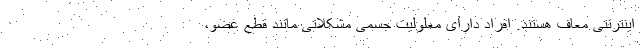
اینترنتی معاف هستند. افراد دارای معلولیت جسمی مشکلاتی مانند قطع عضو،